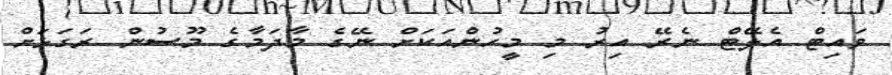
ވައިޓް އެލޭޓް ނެރޭ އިރު މި މީހުންއަކަށް ނޭގެ މާދަމާގެ މޫސުން ރަގަޅަށް